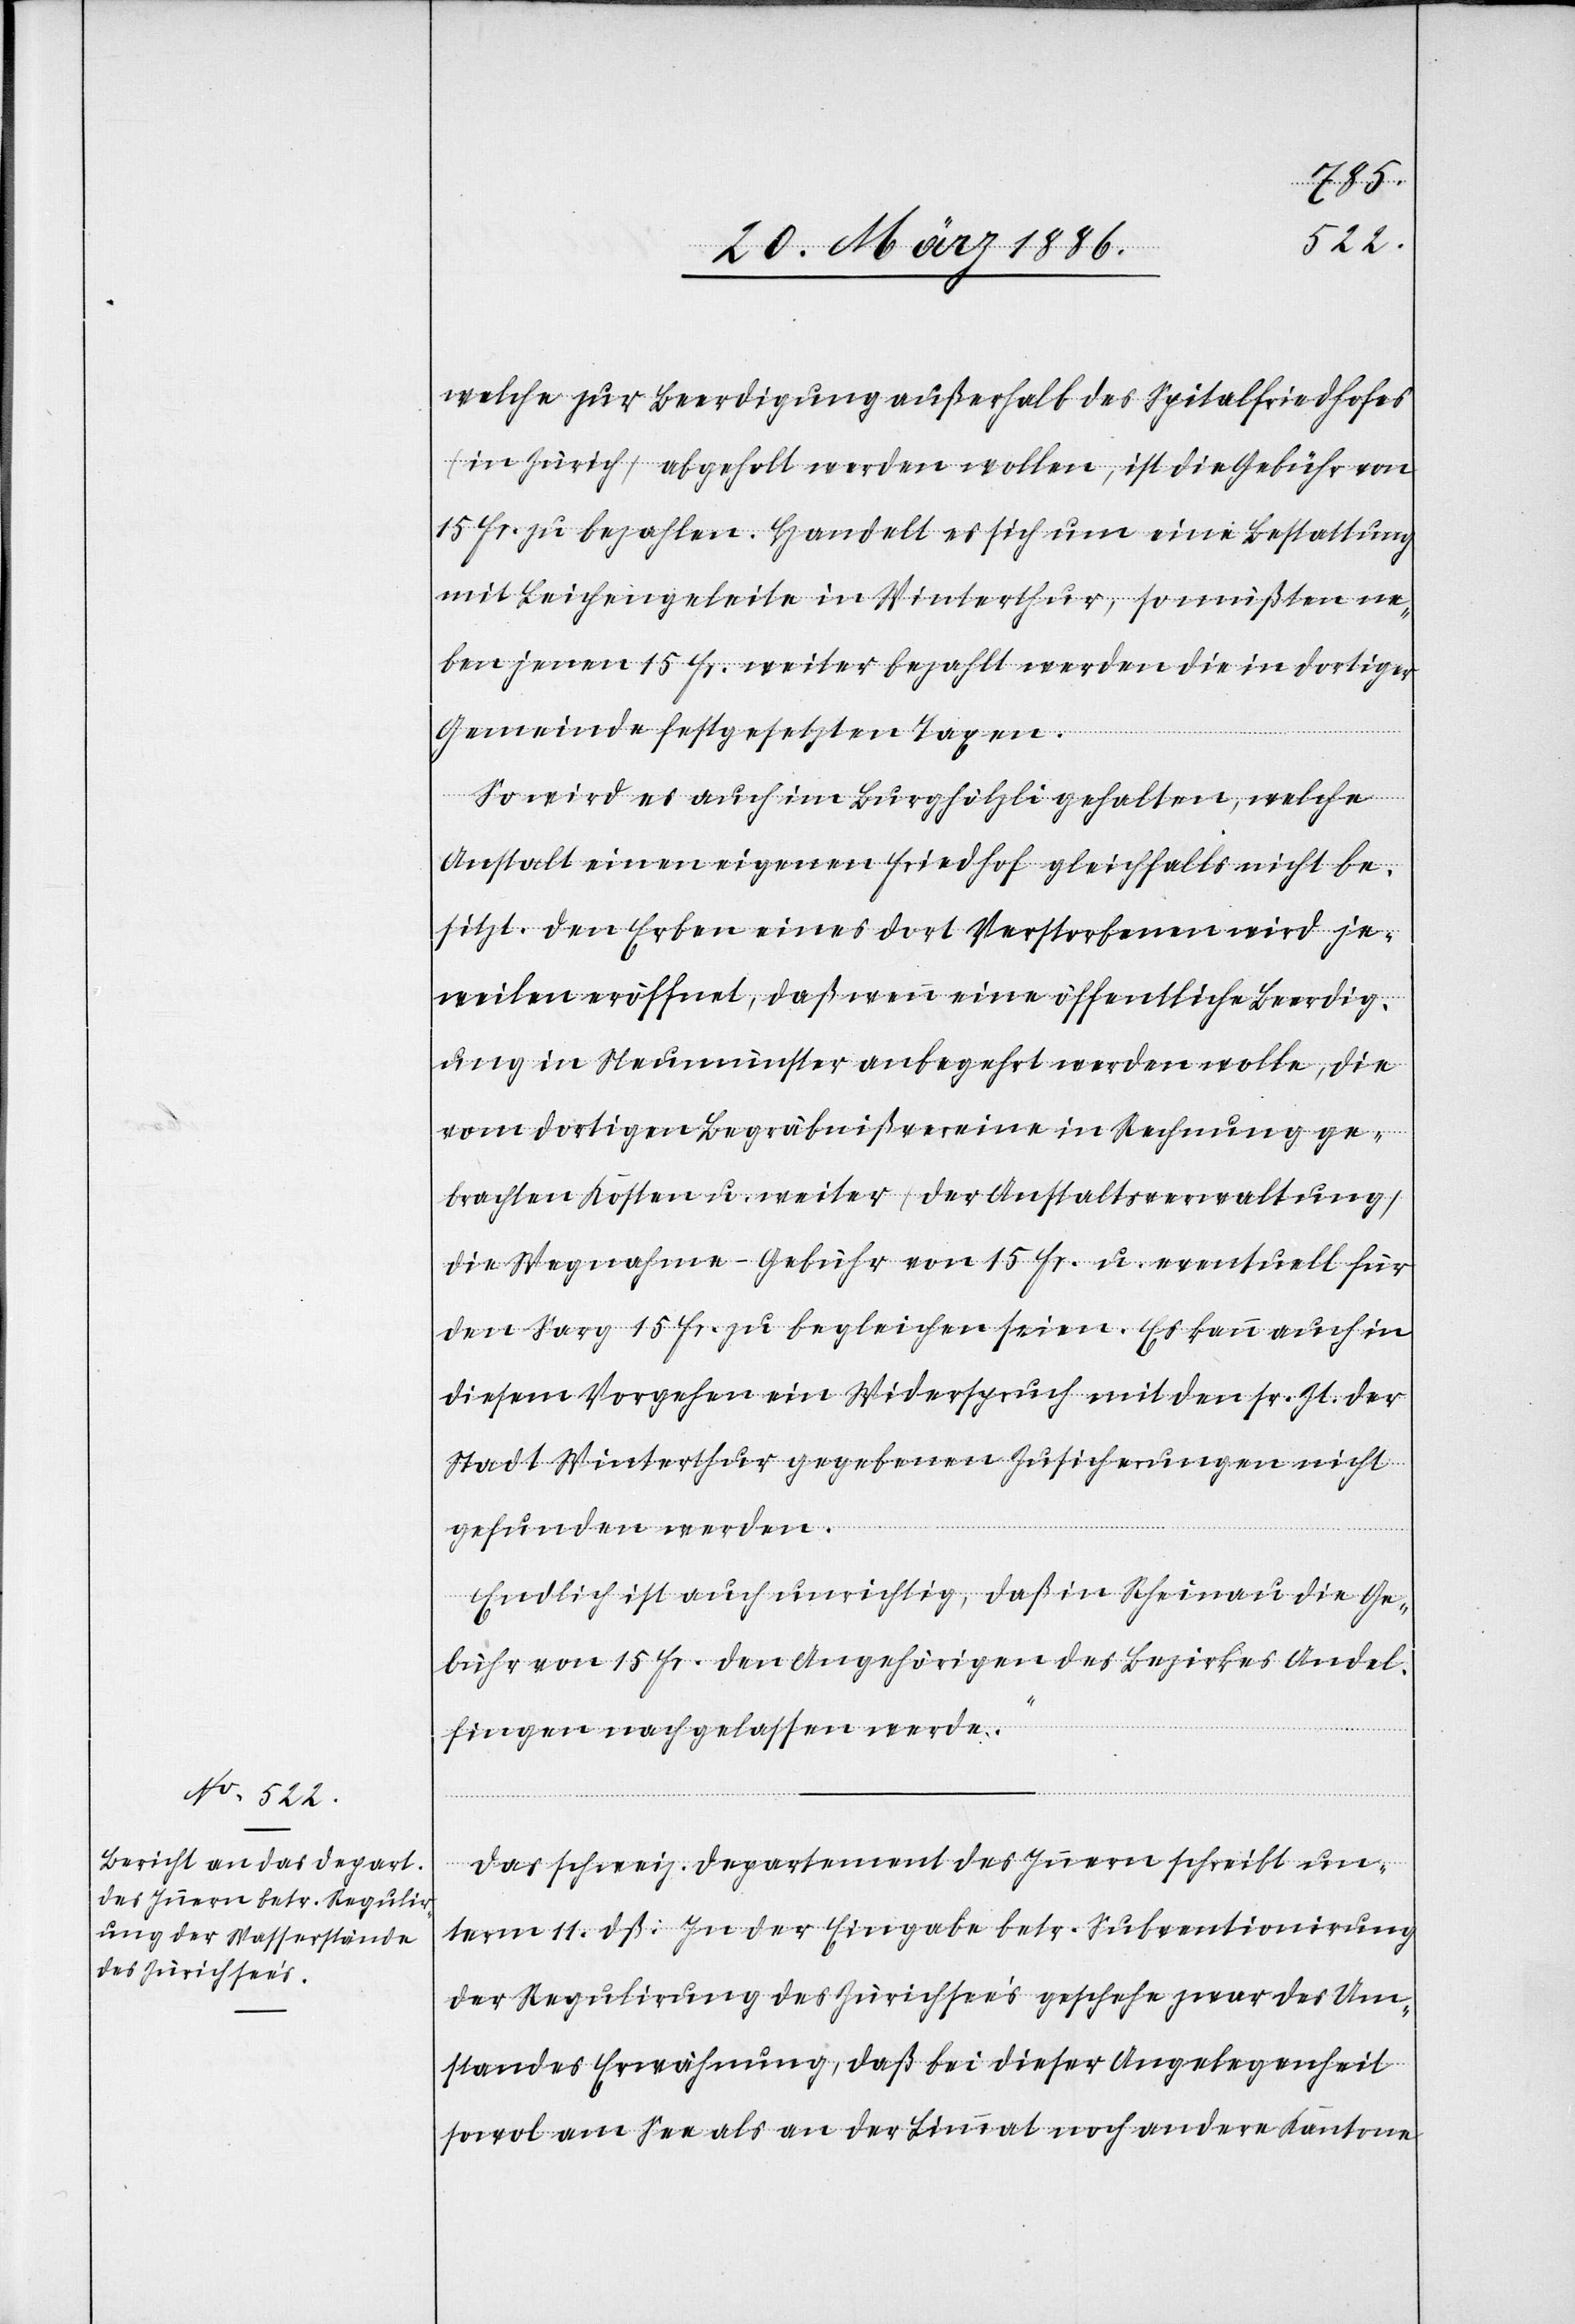
welche zur Beerdigung außerhalb des Spitalfriedhofes
(in Zürich) abgeholt werden wollen, ist die Gebühr von
15 Fr. zu bezahlen. Handelt es sich um eine Bestattung
mit Leichengeleite in Winterthur, so müßten ne¬
ben jenen 15 Fr. weiter bezahlt werden die in dortiger
Gemeinde festgesetzten Taxen.
So wird es auch im Burghölzli gehalten, welche
Anstalt einen eigenen Friedhof gleichfalls nicht be¬
sitzt. Den Erben eines dort Verstorbenen wird je¬
weilen eröffnet, daß wenn eine öffentliche Beerdig¬
ung in Neumünster anbegehrt werden wolle, die
vom dortigen Begräbnißvereine in Rechnung ge¬
brachten Kosten u. weiter (der Anstaltsverwaltung)
die Wegnahme-Gebühr von 15 Fr. u. eventuell für
den Sarg 15 Fr. zu begleichen seien. Es kann auch in
diesem Vorgehen ein Widerspruch mit den sr. Zt. der
Stadt Winterthur gegebenen Zusicherungen nicht
gefunden werden.
Endlich ist auch unrichtig, daß in Rheinau die Ge¬
bühr von 15 Fr. den Angehörigen des Bezirkes Andel¬
fingen nachgelassen werde.“
Das Schweiz. Departement des Innern schreibt un¬
term 11. dß.: In der Eingabe betr. Subventionirung
der Regulirung des Zürichsee’s geschehe zwar des Um¬
standes Erwähnung, daß bei dieser Angelegenheit
sowol am See als an der Limmat noch andere Kantone